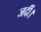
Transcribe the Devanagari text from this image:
जर्दी।